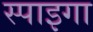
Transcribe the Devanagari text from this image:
स्पाइगा